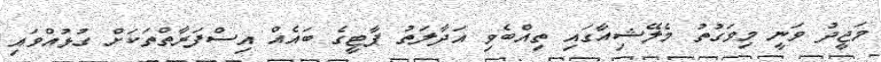
މަޖީދު ވަނީ މިވަގުތު މެލޭޝިއާގައި ތިއްބެވި އަދާލަތު ޕާޓީގެ ބައެއް އިސްފަރާތްތަކަށް ގުޅުއްވައި